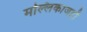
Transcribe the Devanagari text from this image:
मल्लिकाजहाँ